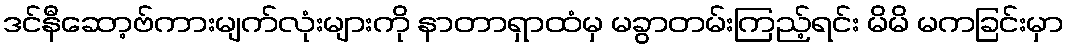
ဒင်နီဆော့ဗ်ကားမျက်လုံးများကို နာတာရှာထံမှ မခွာတမ်းကြည့်ရင်း မိမိ မကခြင်းမှာ